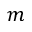
m